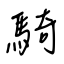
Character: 騎